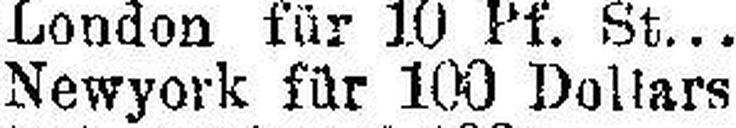
Newyork für 100 Dollars